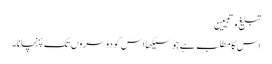
تبلیغ وتبیین
اس کا مطلب ہے جو سیکھا اس کو دوسروں تک پہنچانا۔